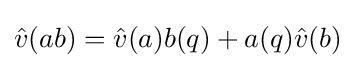
{\hat {v}}(ab)={\hat {v}}(a)b(q)+a(q){\hat {v}}(b)